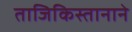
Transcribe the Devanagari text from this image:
ताजिकिस्तानाने